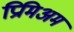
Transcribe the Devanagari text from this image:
प्रिमिअम